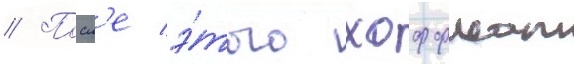
// Посл'е э́того хоффман